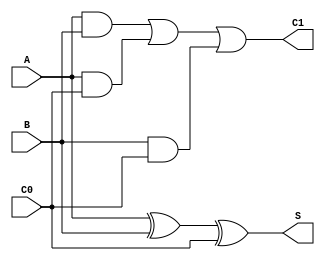
`timescale 1ns / 1ps
//////////////////////////////////////////////////////////////////////////////////
// Company: 
// Engineer: 
// 
// Design Name: 
// Module Name:    FA 
// Project Name: 
// Target Devices: 
// Tool versions: 
// Description: 
//
// Dependencies: 
//
// Revision: 
// Revision 0.01 - File Created
// Additional Comments: 
//
//////////////////////////////////////////////////////////////////////////////////
module FA(
    input A,
    input B,
    input C0,
    output S,
    output C1
    );
wire ABx, ABn, ACn, BCn, ot;
xor x1(ABx,A,B);
xor x2(S,ABx,C0);
and a1(ABn,A,B);
and a2(ACn,A,C0);
and a3(BCn,B,C0);
or o1(ot,ABn,ACn);
or o2(C1,ot,BCn);
endmodule